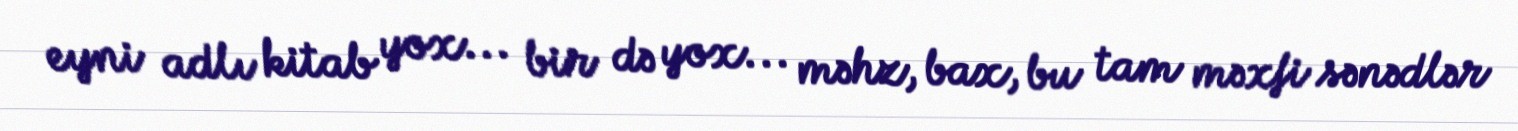
eyni adlı kitab yox... bir də yox... məhz, bax, bu tam məxfi sənədlər